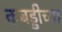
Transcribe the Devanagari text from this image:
कबड्डीच्या